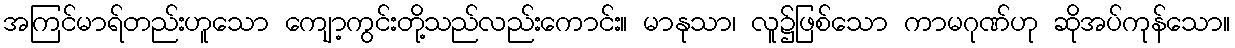
အကြင်မာရ်တည်းဟူသော ကျော့ကွင်းတို့သည်လည်းကောင်း။ မာနုသာ၊ လူ၌ဖြစ်သော ကာမဂုဏ်ဟု ဆိုအပ်ကုန်သော။